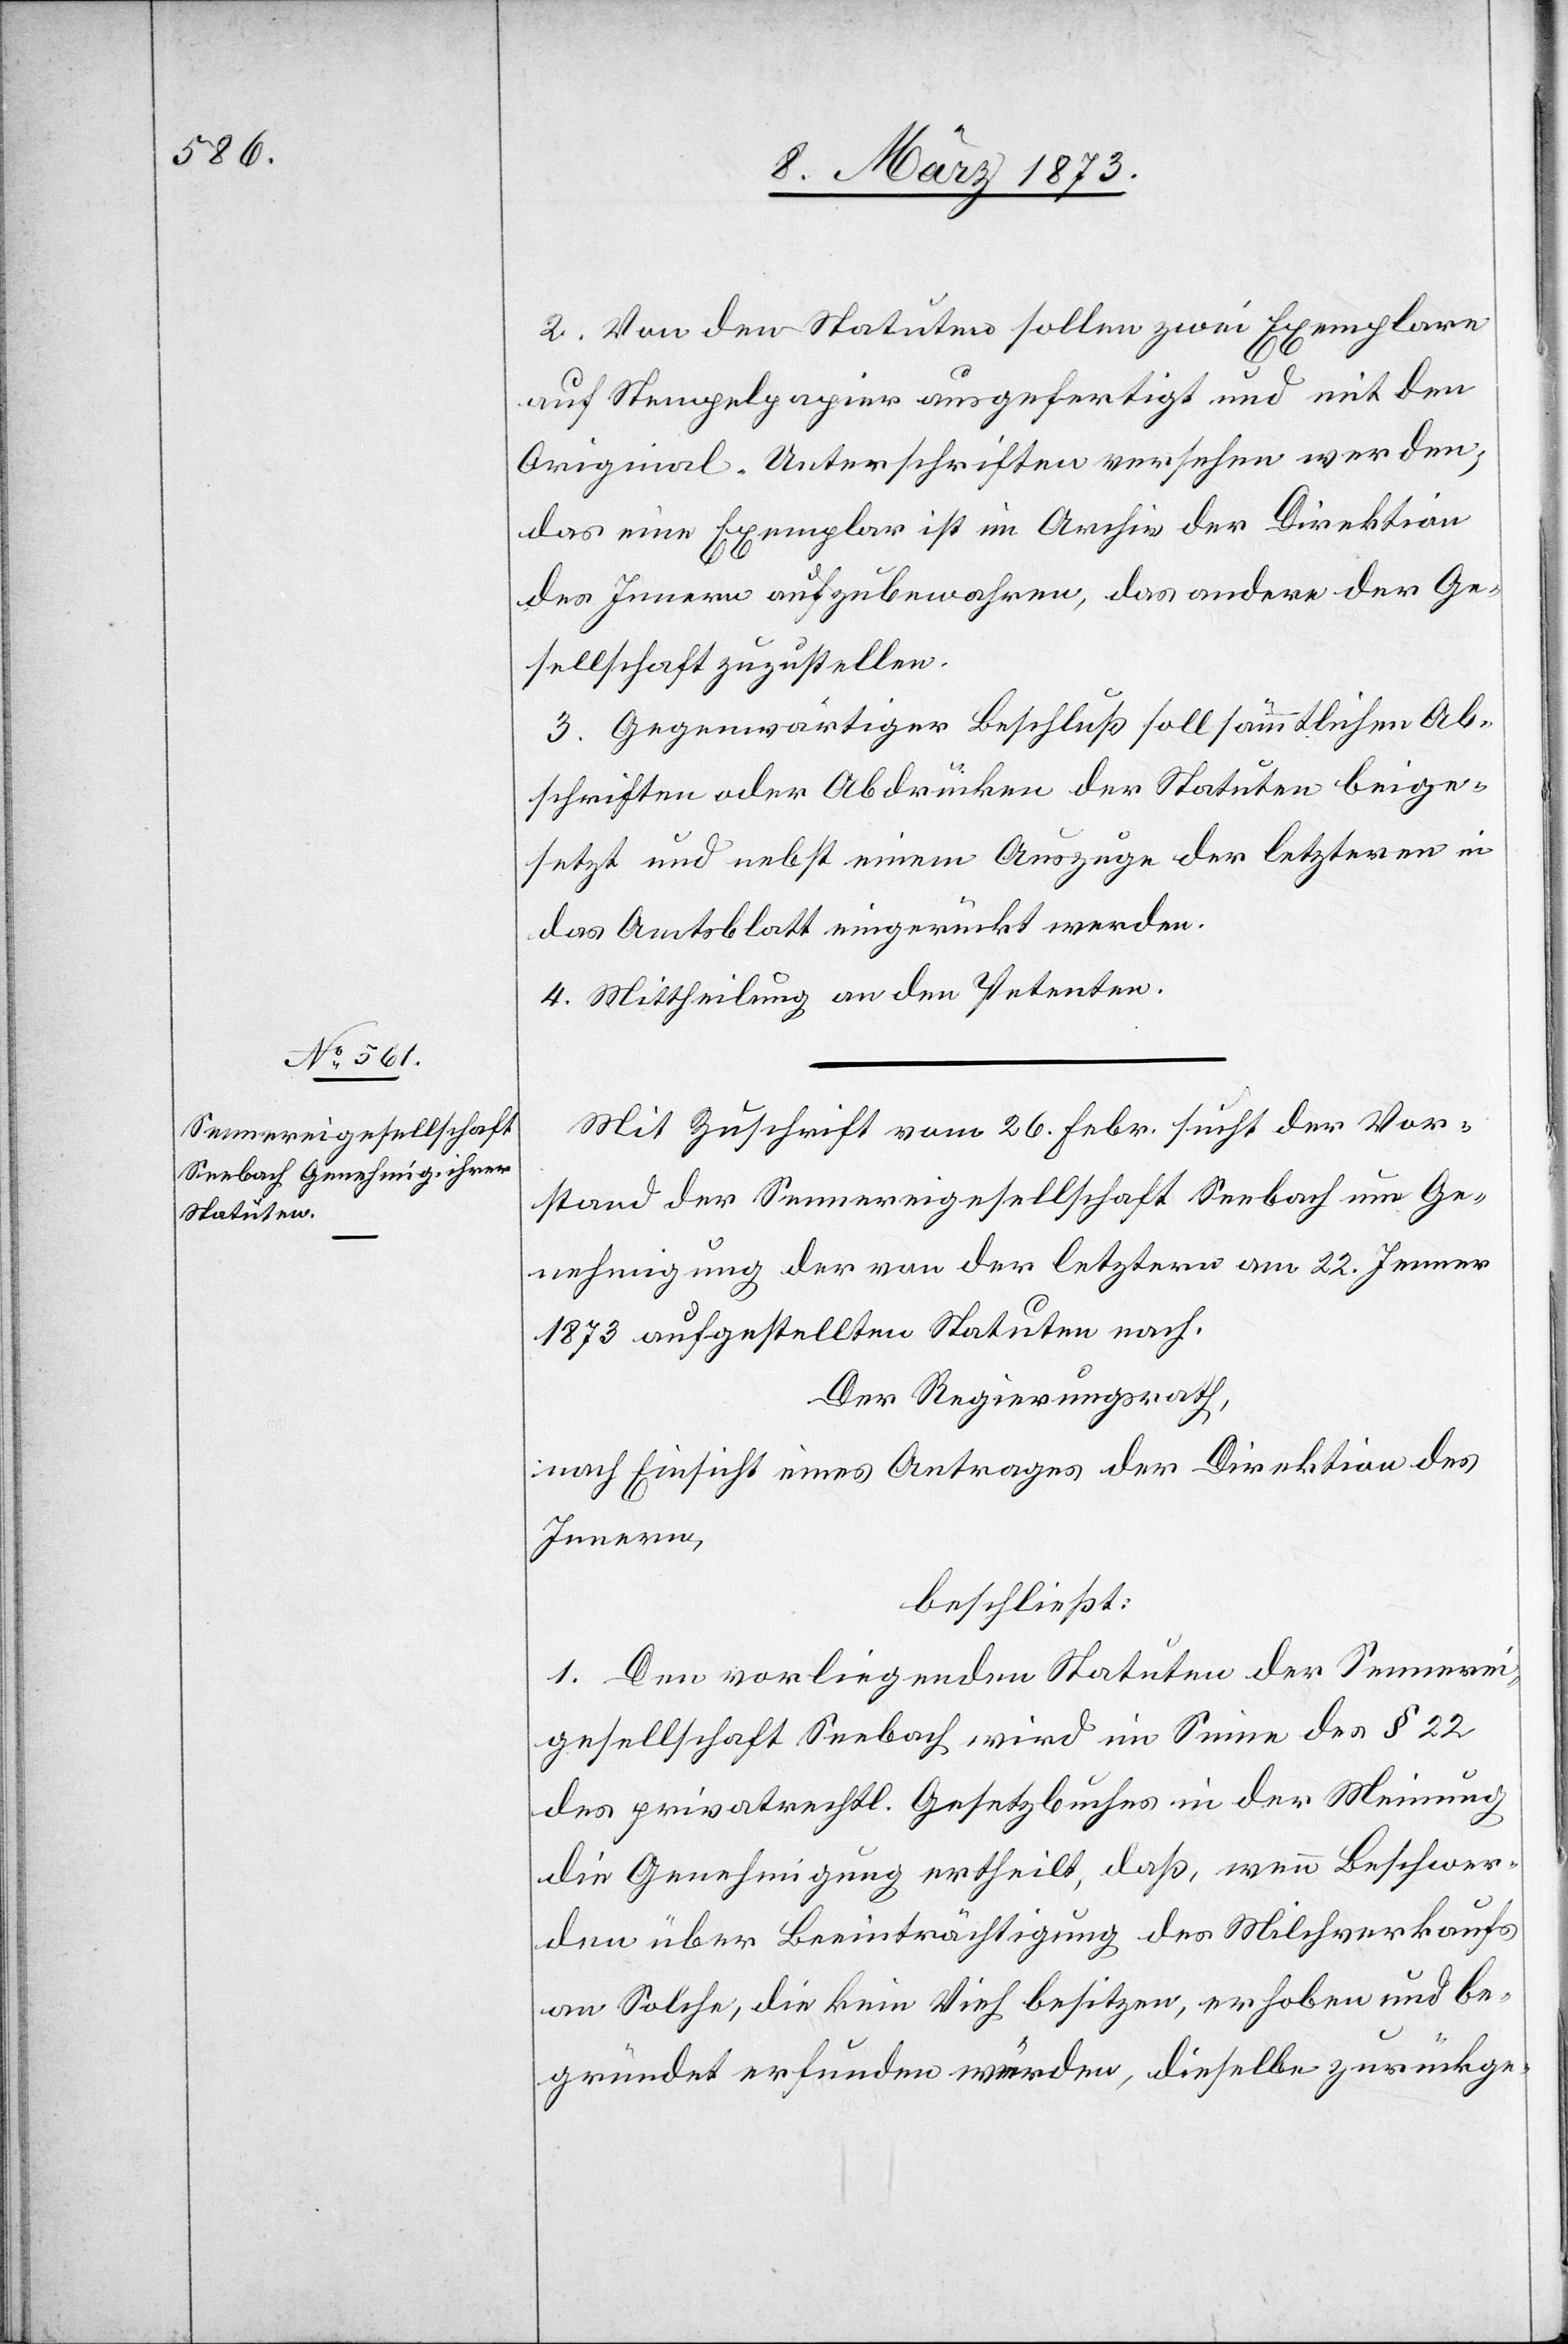
2. Von den Statuten sollen zwei Exemplare
auf Stempelpapier ausgefertigt und mit den
Original-Unterschriften versehen werden;
das eine Exemplar ist im Archiv der Direktion
des Innern aufzubewahren, das andere der Ge¬
sellschaft zuzustellen.
3. Gegenwärtiger Beschluß soll sämmtlichen Ab¬
schriften oder Abdrücken der Statuten beige¬
setzt und nebst einem Auszuge der letzteren in
das Amtsblatt eingerückt werden.
4. Mittheilung an den Petenten.
Mit Zuschrift vom 26. Febr. sucht der Vor¬
stand der Sennereigesellschaft Seebach um Ge¬
nehmigung der von der letztern am 22. Jenner
1873 aufgestellten Statuten nach.
Der Regierungsrath,
nach Einsicht eines Antrages der Direktion des
Innern,
beschließt:
1. Den vorliegenden Statuten der Sennerei¬
gesellschaft Seebach wird im Sinne des § 22
des privatrechtl. Gesetzbuches in der Meinung
die Genehmigung ertheilt, daß, wenn Beschwer¬
den über Beeinträchtigung des Milchverkaufs
an Solche, die kein Vieh besitzen, erhoben und be¬
gründet erfunden würden, dieselbe zurückge-